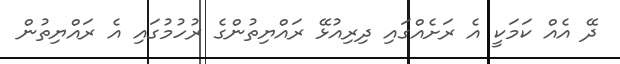
ދޭ އެއް ކަމަކީ އެ ރަށެއްގައި ދިރިއުޅޭ ރައްޔިތުންގެ ރުހުމުގައި އެ ރައްޔިތުން